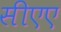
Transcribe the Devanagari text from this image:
सीएए